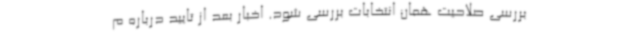
بررسی صلاحیت همان انتخابات بررسی شود. اخبار بعد از تایید درباره م